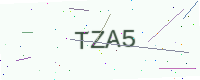
Text: TZA5